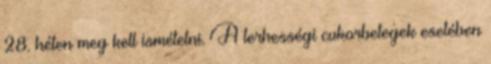
28. héten meg kell ismételni. A terhességi cukorbetegek esetében